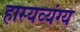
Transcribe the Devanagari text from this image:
हास्यव्यंग्य